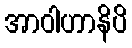
အာဝါဟာနိပိ